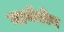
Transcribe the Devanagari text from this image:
नार्थरोप